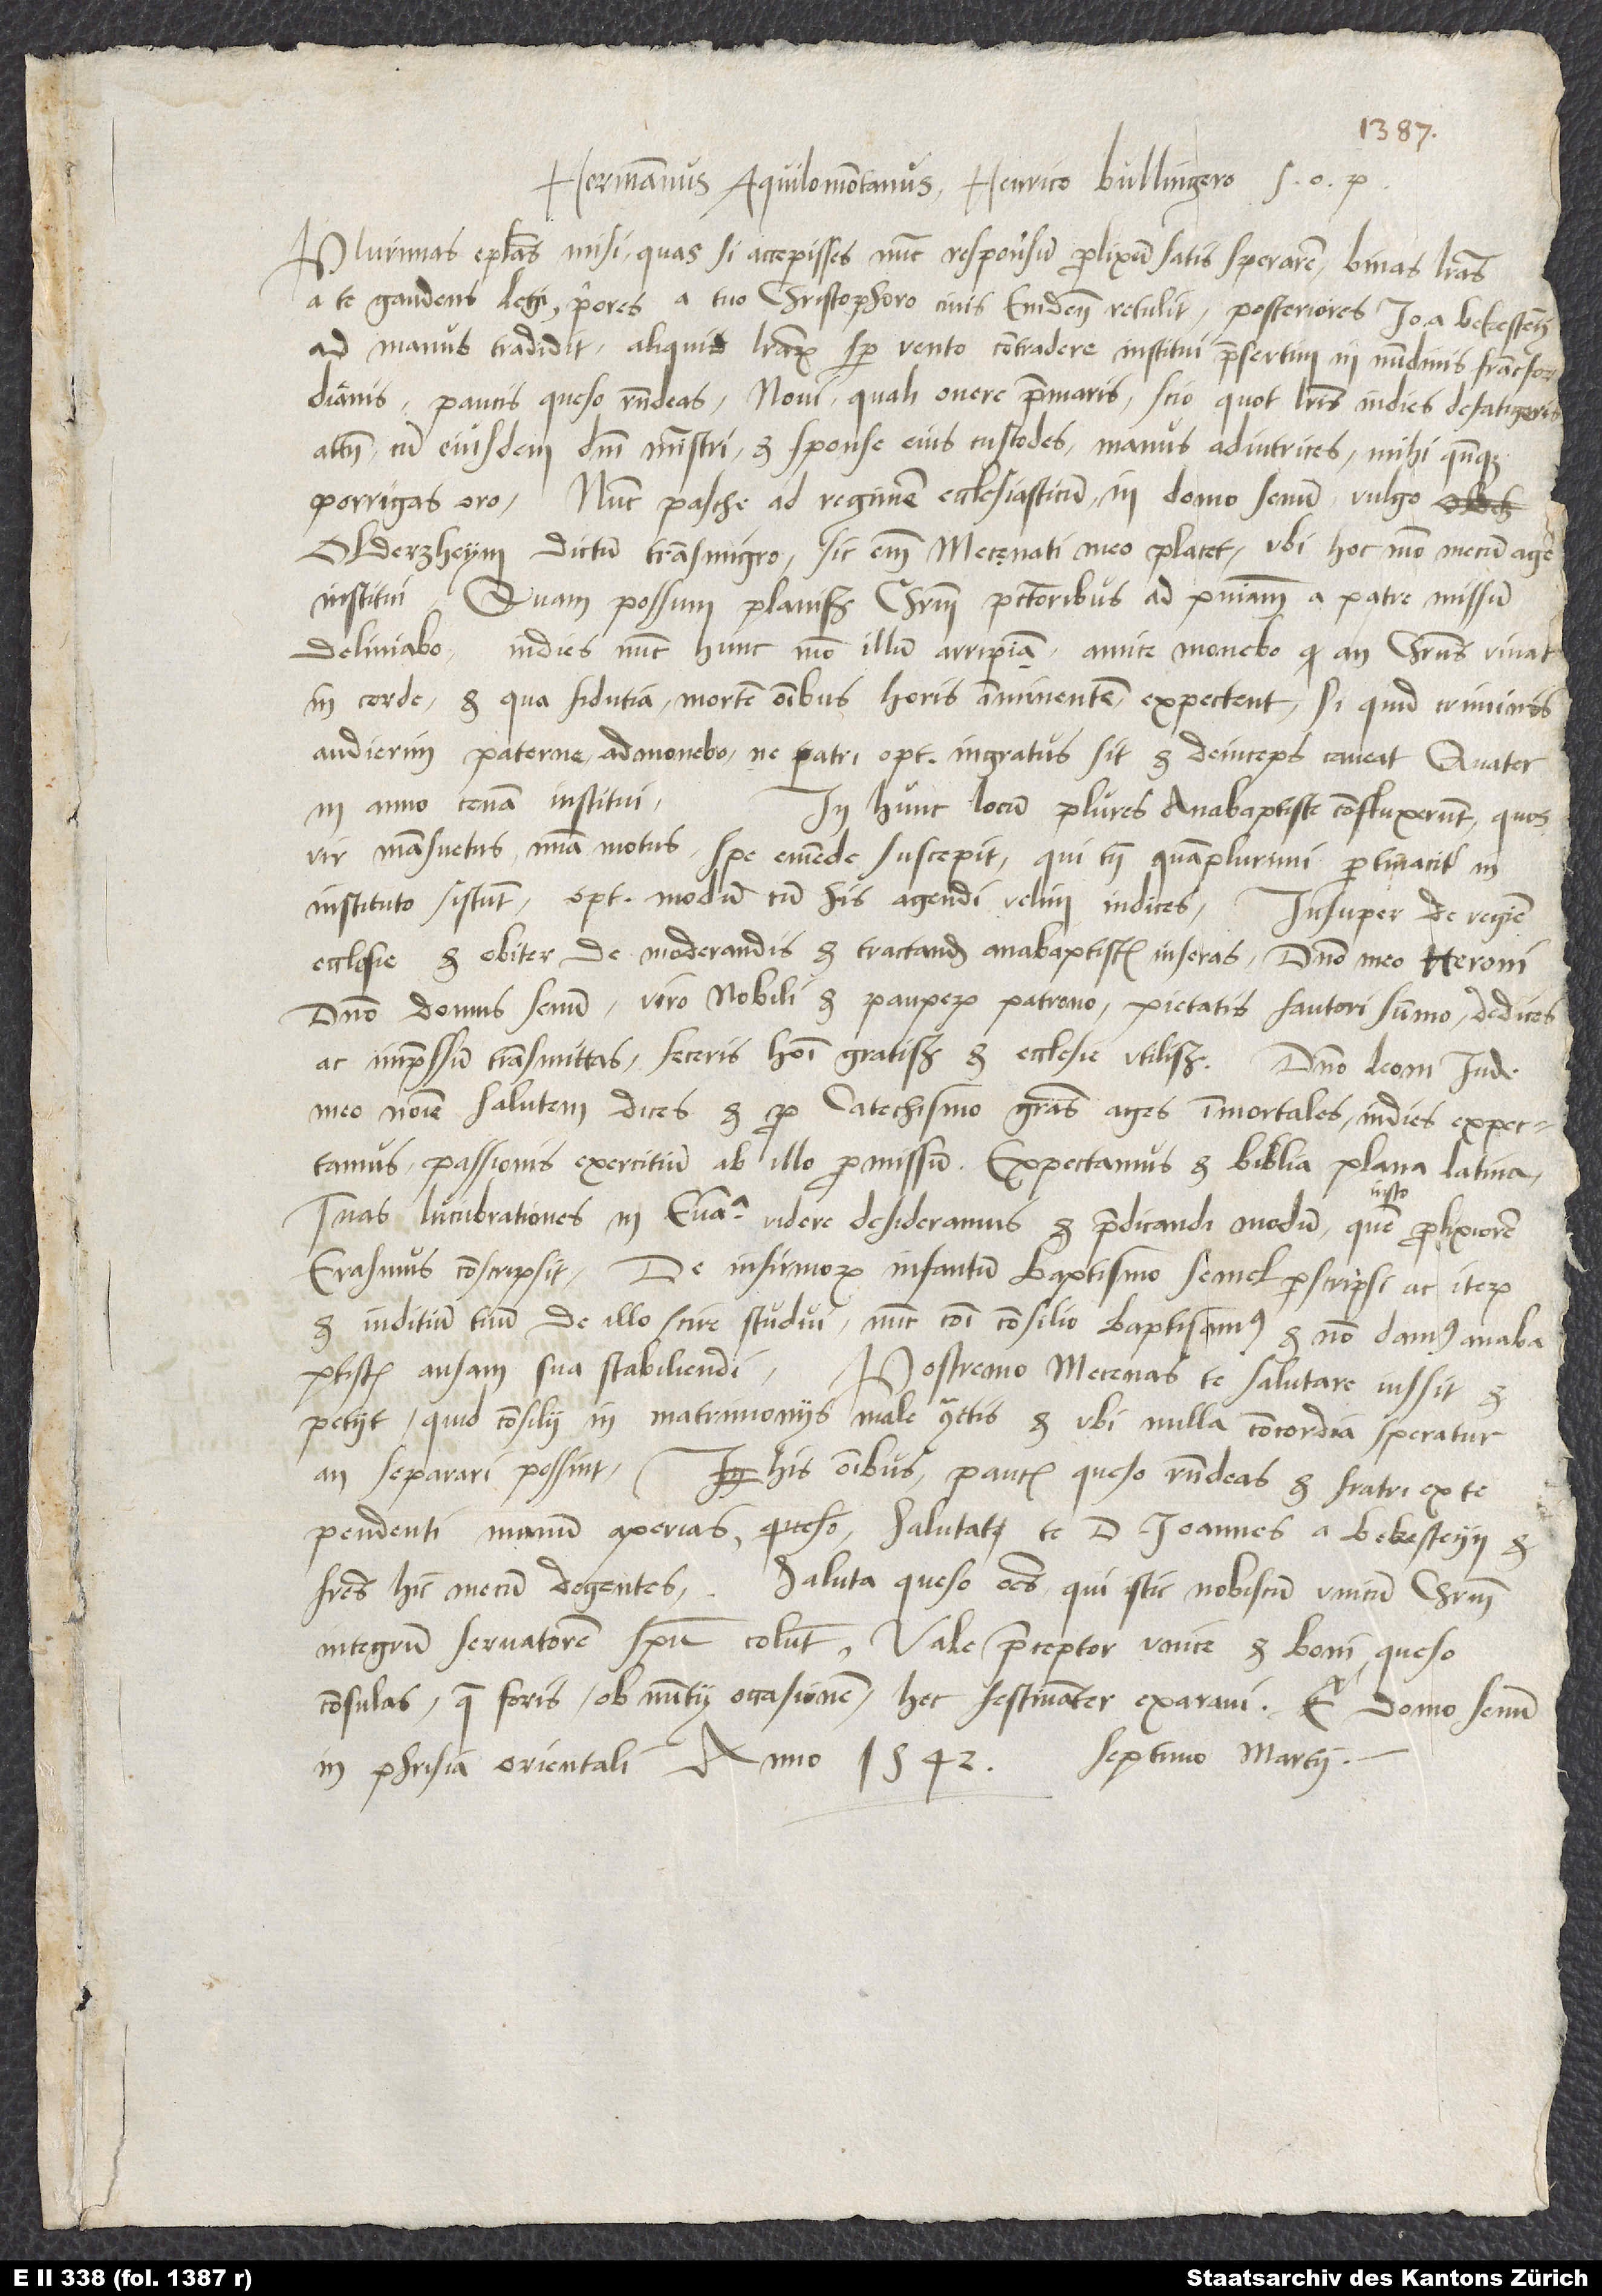
Hermannus Aquilomontanus Henrico Bullingero s.
Plurimas epistolas misi, quas si accepisses, nunc responsum prolixum satis sperarem. Binas literas
a te gaudens legi; priores a tuo Christophoro civis Emdensis retulit, posteriores Io a Bekesteyn
ad manus tradidit. Aliquid literarum semper vento contradere institui, praesertim in nundinis Francfordianis.
Paucis, queso, respondeas. Novi, quali onere premaris, scio, quot literis indies defatigeris.
Attamen, cum eiusdem domini ministri et sponse eius custodes, manus adiutrices mihi quandoque
porrigas, oro. Nunc pasche ad regimen ecclesiasticum in Domo Senum, vulgo
Olderzheym dictum, transmigro - sic enim Mecęnati meo placet -, ubi hoc modo mecum agere
institui: Quam possum planissime Christum peccatoribus ad poenitentiam a patre missum
deliniabo; indies nunc hunc, modo illum arripiam, amice monebo, an Christus vivat
in corde et qua fidutia mortem omnibus horis imminentem expectent; si quid criminis
audierim, paterne admonebo, ne patri optimo ingratus sit, et deinceps caveat. Quater
in anno cenam institui.
In hunc locum plures anabaptiste confluxerunt, quos
vir mansuetus miseria motus spe emende suscepit, qui tamen quamplurimi pertinaciter in
instituto sistunt. Optimum modum cum his agendi, velim, indices. Insuper de regimine
ecclesie et obiter de moderandis et tractandis anabaptistis inseras, domino meo Heroni,
domino Domus Senum, viro nobili et pauperum patrono, pietatis fautori summo, dedices
ac impressum transmittas; feceris homini gratissimum et ecclesie utilissimum. Domino Leoni Jude
meo nomine salutem dices et pro catechismo gratias ages immortales; indies expectamus
passionis exercitium ab illo promissum. Expectamus et biblia plana Latina.
Tuas lucubrationes in evangelia videre desideramus et praedicandi modum, quem iusto prolixiorem
Erasmus conscripsit. De infirmorum infantum baptismo semel perscripsi ac iterum
et iuditium tuum de illo scire studui. Nunc communi consilio baptisamus et non damus anabaptistis
ansam sua stabiliendi. Postremo Mecenas te salutare iussit et
petiit, quid consilii in matrimoniis male contractis et, ubi nulla concordia speratur,
an separari possint. His omnibus paucis, queso, respondeas et fratri ex te
pendenti manum aperias. Salutat te d. Ioannes a Bekesteyn et
fratres hic mecum degentes. Saluta, queso, omnes, qui istic nobiscum unicum Christum,
integrum servatorem, spiritu colunt. Vale, praeceptor unice, et boni, queso,
consulas, quae foris ob nuntii occasionem hec festinanter exaravi. E Domo Senum
septimo martii.
in Phrisia Orientali anno 1542,